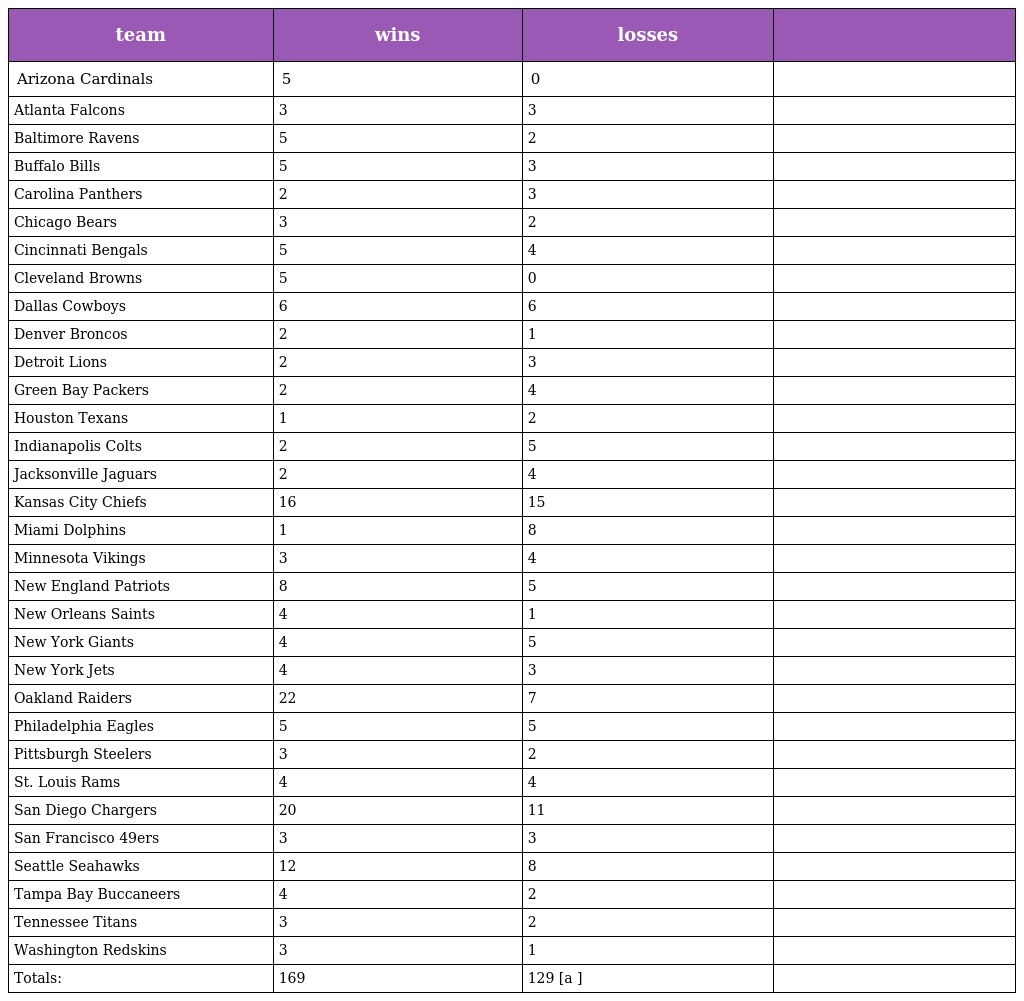
| team | wins | losses |  |
 | --- | --- | --- | --- |
 | Arizona Cardinals | 5 | 0 |  |
 | Atlanta Falcons | 3 | 3 |  |
 | Baltimore Ravens | 5 | 2 |  |
 | Buffalo Bills | 5 | 3 |  |
 | Carolina Panthers | 2 | 3 |  |
 | Chicago Bears | 3 | 2 |  |
 | Cincinnati Bengals | 5 | 4 |  |
 | Cleveland Browns | 5 | 0 |  |
 | Dallas Cowboys | 6 | 6 |  |
 | Denver Broncos | 2 | 1 |  |
 | Detroit Lions | 2 | 3 |  |
 | Green Bay Packers | 2 | 4 |  |
 | Houston Texans | 1 | 2 |  |
 | Indianapolis Colts | 2 | 5 |  |
 | Jacksonville Jaguars | 2 | 4 |  |
 | Kansas City Chiefs | 16 | 15 |  |
 | Miami Dolphins | 1 | 8 |  |
 | Minnesota Vikings | 3 | 4 |  |
 | New England Patriots | 8 | 5 |  |
 | New Orleans Saints | 4 | 1 |  |
 | New York Giants | 4 | 5 |  |
 | New York Jets | 4 | 3 |  |
 | Oakland Raiders | 22 | 7 |  |
 | Philadelphia Eagles | 5 | 5 |  |
 | Pittsburgh Steelers | 3 | 2 |  |
 | St. Louis Rams | 4 | 4 |  |
 | San Diego Chargers | 20 | 11 |  |
 | San Francisco 49ers | 3 | 3 |  |
 | Seattle Seahawks | 12 | 8 |  |
 | Tampa Bay Buccaneers | 4 | 2 |  |
 | Tennessee Titans | 3 | 2 |  |
 | Washington Redskins | 3 | 1 |  |
 | Totals: | 169 | 129 [a ] |  |